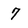
Character: 7